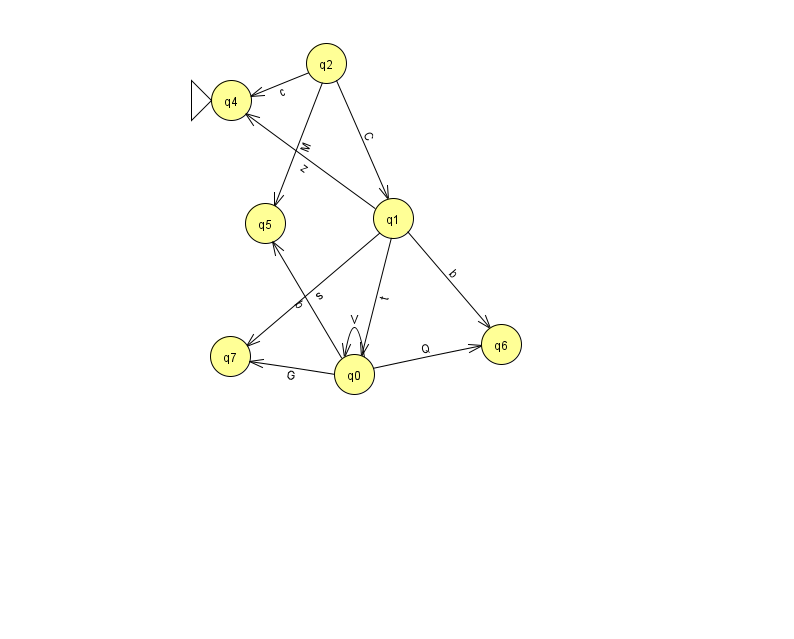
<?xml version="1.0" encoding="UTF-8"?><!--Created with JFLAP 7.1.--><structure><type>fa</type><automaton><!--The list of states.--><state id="0" name="q0"><x>354.0</x><y>361.0</y></state><state id="1" name="q1"><x>393.0</x><y>205.0</y></state><state id="2" name="q2"><x>326.0</x><y>50.0</y></state><state id="4" name="q4"><x>231.0</x><y>87.0</y><initial/></state><state id="5" name="q5"><x>265.0</x><y>210.0</y></state><state id="6" name="q6"><x>501.0</x><y>331.0</y></state><state id="7" name="q7"><x>230.0</x><y>343.0</y></state><!--The list of transitions.--><transition><from>0</from><to>7</to><read>G</read></transition><transition><from>0</from><to>6</to><read>Q</read></transition><transition><from>0</from><to>5</to><read>b</read></transition><transition><from>0</from><to>0</to><read>V</read></transition><transition><from>1</from><to>4</to><read>z</read></transition><transition><from>2</from><to>4</to><read>c</read></transition><transition><from>2</from><to>5</to><read>M</read></transition><transition><from>1</from><to>6</to><read>b</read></transition><transition><from>2</from><to>1</to><read>C</read></transition><transition><from>1</from><to>0</to><read>t</read></transition><transition><from>1</from><to>7</to><read>s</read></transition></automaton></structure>